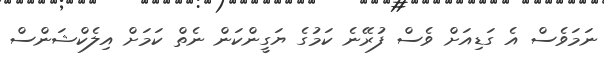
ނަމަވެސް އެ ގަޑިއަށް ވެސް ފުރޭނެ ކަމުގެ ޔަގީންކަން ނެތް ކަމަށް އިލެކްޝަންސް